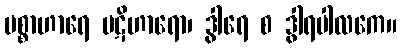
ပစ္စာဟာရေ ပဋိဟာရော၊ ဒွါရေ စ ဒွါရပါလကေ။